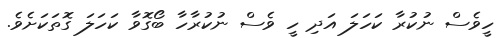
ހީވެސް ނުކުރާ ކަހަލަ އަދި ހީ ވެސް ނުކުރާހާ ބޯގޮވާ ކަހަލަ ގޮޮތަކަށެވެ.